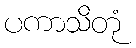
ပကာသိတုံ